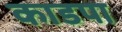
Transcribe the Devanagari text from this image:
काडपा